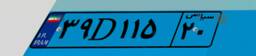
۲۵D۷۸۸۱۶